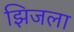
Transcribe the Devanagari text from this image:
झिजला